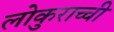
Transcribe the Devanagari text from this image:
लोकुराच्ची